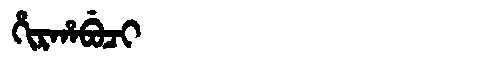
Manchu: ᡥᡳᡵᡥᠠᠪᡠᠴᡳ
Romanization: HIRHABUCI